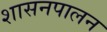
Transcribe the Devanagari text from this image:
शासनपालन